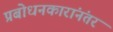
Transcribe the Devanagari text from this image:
प्रबोधनकारांनंतर